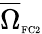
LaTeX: \overline{{\Omega}}_{\textnormal{\tiny{FC2}}}